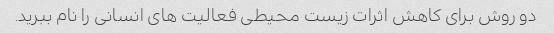
دو روش برای کاهش اثرات زیست محیطی فعالیت های انسانی را نام ببرید.